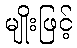
မျိုးဖြင့်